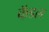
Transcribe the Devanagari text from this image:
कॅडल